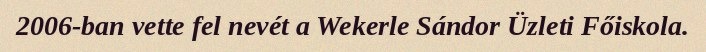
2006-ban vette fel nevét a Wekerle Sándor Üzleti Főiskola.